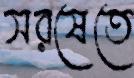
সরষেতে